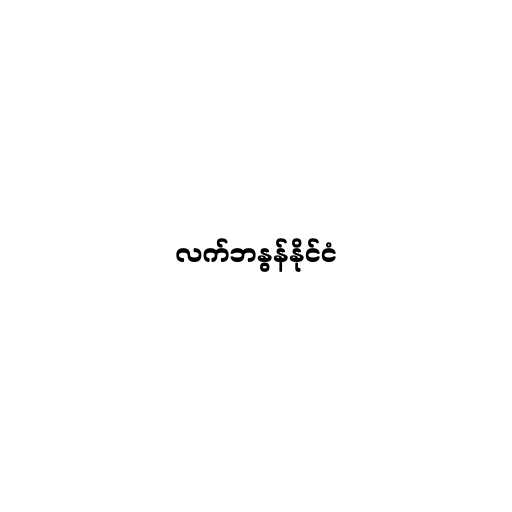
လက်ဘနွန်နိုင်ငံ